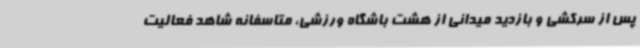
پس از سرکشی و بازدید میدانی از هشت باشگاه ورزشی، متاسفانه شاهد فعالیت